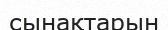
сынақтарын